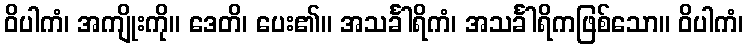
ဝိပါကံ၊ အကျိုးကို။ ဒေတိ၊ ပေး၏။ အသင်္ခါရိကံ၊ အသင်္ခါရိကဖြစ်သော။ ဝိပါကံ၊